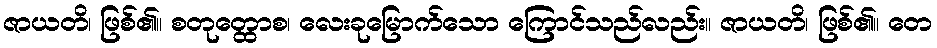
ဇာယတိ၊ ဖြစ်၏။ စတုတ္ထောစ၊ လေးခုမြောက်သော ကြောင်သည်လည်း။ ဇာယတိ၊ ဖြစ်၏။ တေ